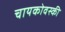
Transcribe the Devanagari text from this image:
चायकोवस्की